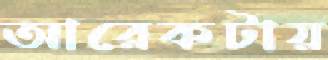
আরেকটায়